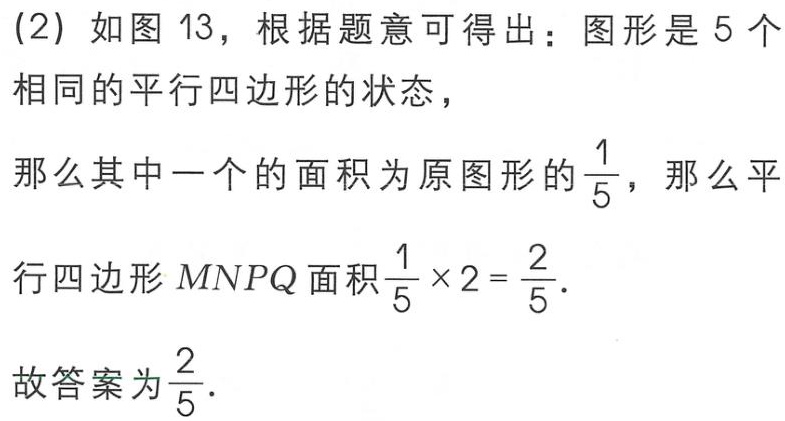
(2) 如图 13，根据题意可得出：图形是 5 个
相同的平行四边形的状态，
那么其中一个的面积为原图形的$\frac{1}{5}$，那么平
行四边形$MNPQ$面积$\frac{1}{5} \times 2 = \frac{2}{5}$.
故答案为$\frac{2}{5}$.